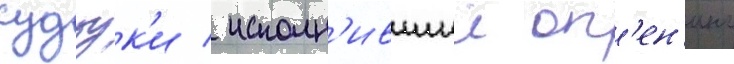
судзук'и / исполн'ившии оп'ен'инг